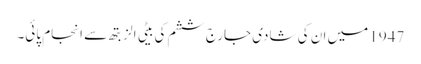
1947 میں ان کی شادی جارج ششم کی بیٹی الزبتھ سے انجام پائی۔